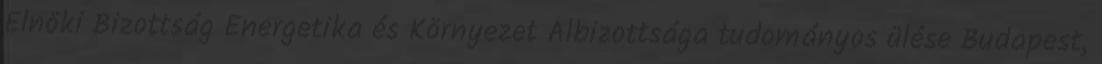
Elnöki Bizottság Energetika és Környezet Albizottsága tudományos ülése Budapest,